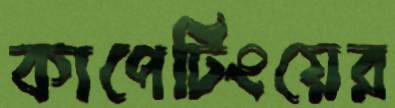
কাপের্টিংয়ের